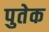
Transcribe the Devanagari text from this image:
पुतेक